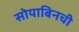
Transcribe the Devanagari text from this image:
सोयाबिनची